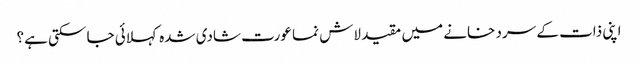
اپنی ذات کے سرد خانے میں مقید لاش نما عورت شادی شدہ کہلائی جا سکتی ہے؟